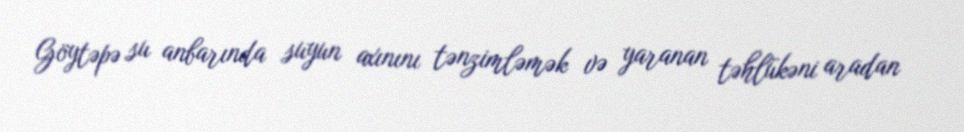
Göytəpə su anbarında suyun axınını tənzimləmək və yaranan təhlükəni aradan